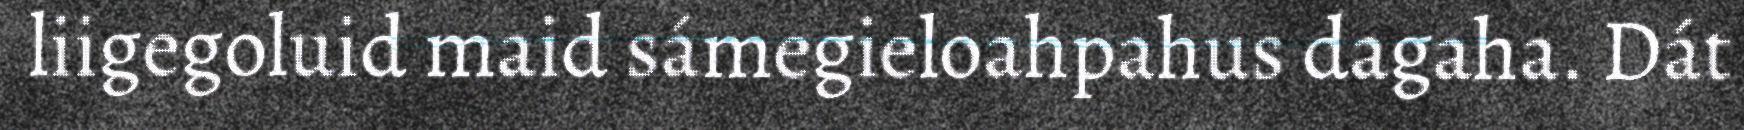
liigegoluid maid sámegieloahpahus dagaha. Dát